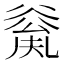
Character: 𠔲